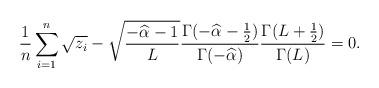
LaTeX: \begin{align*}\frac{1}{n} \sum_{i=1}^n \sqrt{z_i} -\sqrt{\frac{-\widehat\alpha_{}-1}{L}}\frac{\Gamma ( -\widehat\alpha_{}-{\frac{1}{2}} )}{ \Gamma (-\widehat\alpha_{}) }\frac{\Gamma (L+{\frac{1}{2}} )}{\Gamma (L)}=0.\end{align*}